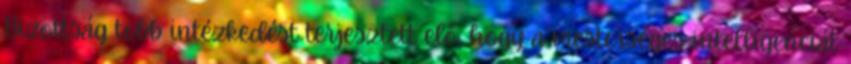
Bizottság több intézkedést terjesztett elő, hogy a mesterséges intelligenciát